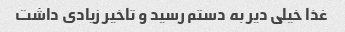
غذا خیلی دیر به دستم رسید و تاخیر زیادی داشت